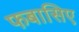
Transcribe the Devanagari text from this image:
फबासिए